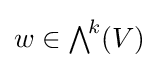
w\in {\textstyle \bigwedge }^{\!k}(V)